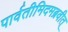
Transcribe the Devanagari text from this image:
पार्वतीमिदमब्रवीत्